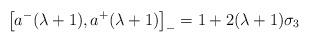
LaTeX: \begin{align*}\left[a^{-}(\lambda +1), a^{+}(\lambda +1)\right]_{-}=1 + 2(\lambda +1)\sigma_{3}\end{align*}